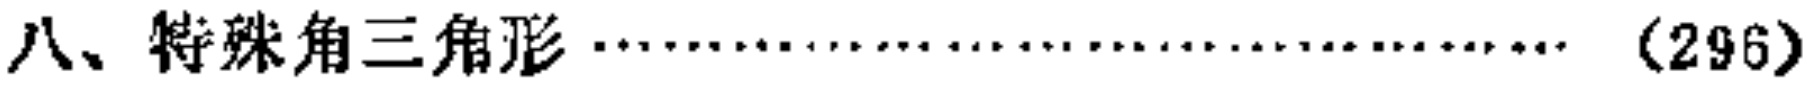
八、特殊角三角形\(\cdots\cdots\cdots\cdots\cdots\cdots\cdots\cdots\cdots\cdots\cdots\cdots\cdots\cdots\cdots\cdots\cdots(296)\)